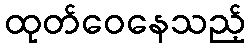
ထုတ်ဝေနေသည့်